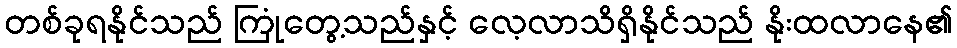
တစ်ခုရနိုင်သည် ကြုံတွေ့သည်နှင့် လေ့လာသိရှိနိုင်သည် နိုးထလာနေ၏